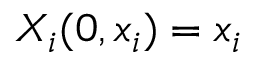
X _ { i } ( 0 , x _ { i } ) = x _ { i }